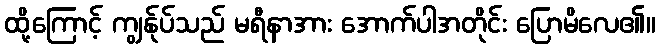
ထို့ကြောင့် ကျွန်ုပ်သည် မရီနာအား အောက်ပါအတိုင်း ပြောမိလေ၏။